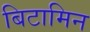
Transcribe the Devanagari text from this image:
बिटामिन